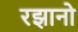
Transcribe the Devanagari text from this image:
रझानो